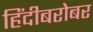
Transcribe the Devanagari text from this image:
हिंदीबरोबर